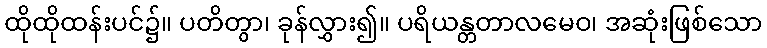
ထိုထိုထန်းပင်၌။ ပတိတွာ၊ ခုန်လွှား၍။ ပရိယန္တတာလမေဝ၊ အဆုံးဖြစ်သော